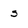
Character: s